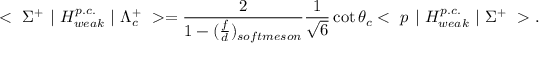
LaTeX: < ~ \Sigma ^ { + } ~ | ~ H _ { w e a k } ^ { p . c . } ~ | ~ \Lambda _ { c } ^ { + } ~ > = \frac { 2 } { 1 - ( \frac { f } { d } ) _ { s o f t m e s o n } } \frac { 1 } { \sqrt { 6 } } \cot \theta _ { c } < ~ p ~ | ~ H _ { w e a k } ^ { p . c . } ~ | ~ \Sigma ^ { + } ~ > .